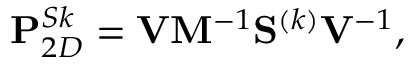
\mathbf { P } _ { 2 D } ^ { S k } = \mathbf { V } \mathbf { M } ^ { - 1 } \mathbf { S } ^ { ( k ) } \mathbf { V } ^ { - 1 } ,